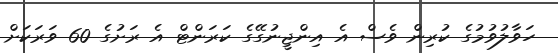
ހަވާލުވުމުގެ ކުރިން ވެސް އެ އިންޖީނުގޭގެ ކަރަންޓް އެ ރަށުގެ 60 ވަރަކަށް